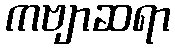
ကဗျာဆရာ